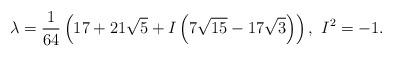
LaTeX: \begin{align*}\lambda=\frac{1}{64}\left(17+21\sqrt{5}+I\left(7\sqrt{15}-17\sqrt{3}\right)\right),\,\,I^{2}=-1.\end{align*}